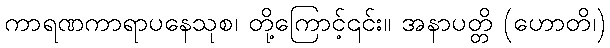
ကာရဏကာရာပနေသုစ၊ တို့ကြောင့်၎င်း။ အနာပတ္တိ (ဟောတိ၊)